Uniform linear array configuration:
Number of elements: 64
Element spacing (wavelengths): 1
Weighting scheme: kaiser
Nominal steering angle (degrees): -60
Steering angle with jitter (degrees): -58.279
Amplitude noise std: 0.05
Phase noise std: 0.05

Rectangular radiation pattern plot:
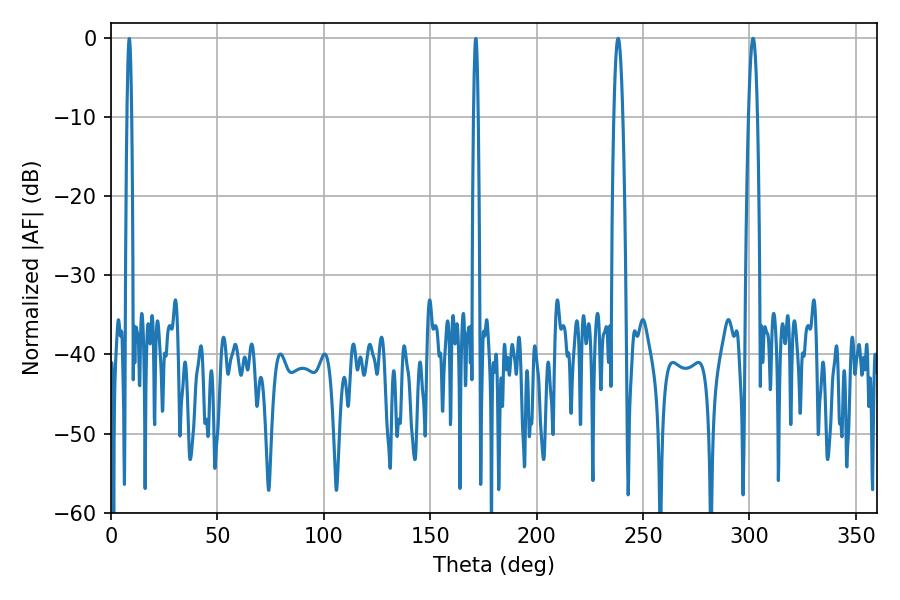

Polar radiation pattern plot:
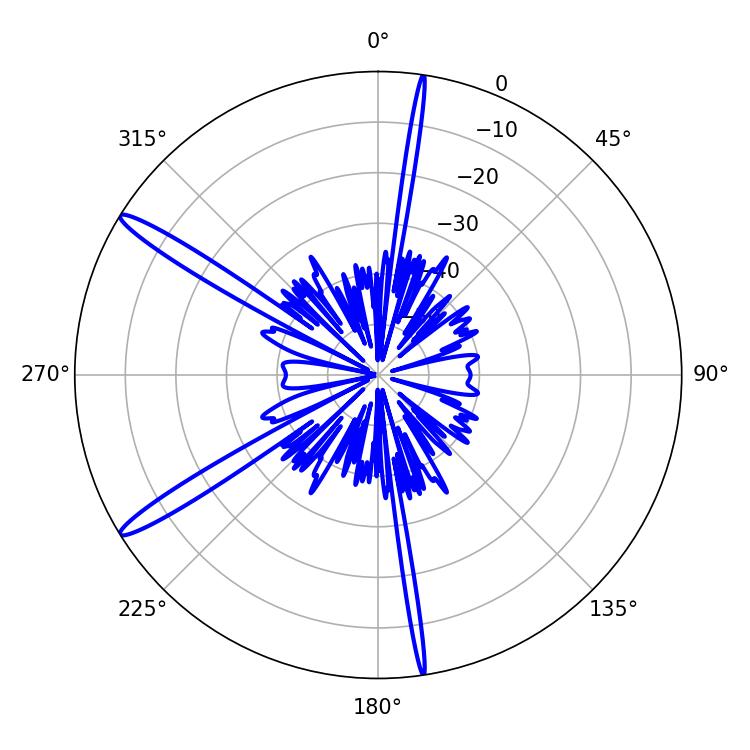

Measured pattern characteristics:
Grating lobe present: TRUE
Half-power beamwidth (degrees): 2.16
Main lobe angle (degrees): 301.68